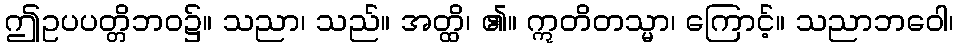
ဤဥပပတ္တိဘဝ၌။ သညာ၊ သည်။ အတ္ထိ၊ ၏။ ဣတိတသ္မာ၊ ကြောင့်။ သညာဘဝေါ၊